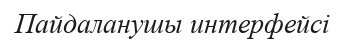
Пайдаланушы интерфейсі